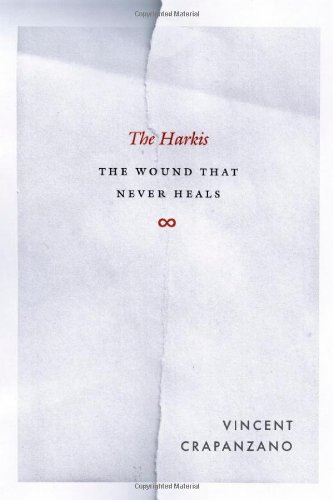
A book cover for The Harkis: The Wound That Never Heals; Vincent Crapanzano; History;